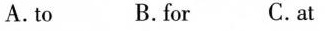
A.to B. for C.at